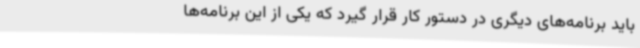
باید برنامه‌های دیگری در دستور کار قرار گیرد که یکی از این برنامه‌ها